Indian journal of veterinary science and animal husbandry - Volume 1,
Year: 1931
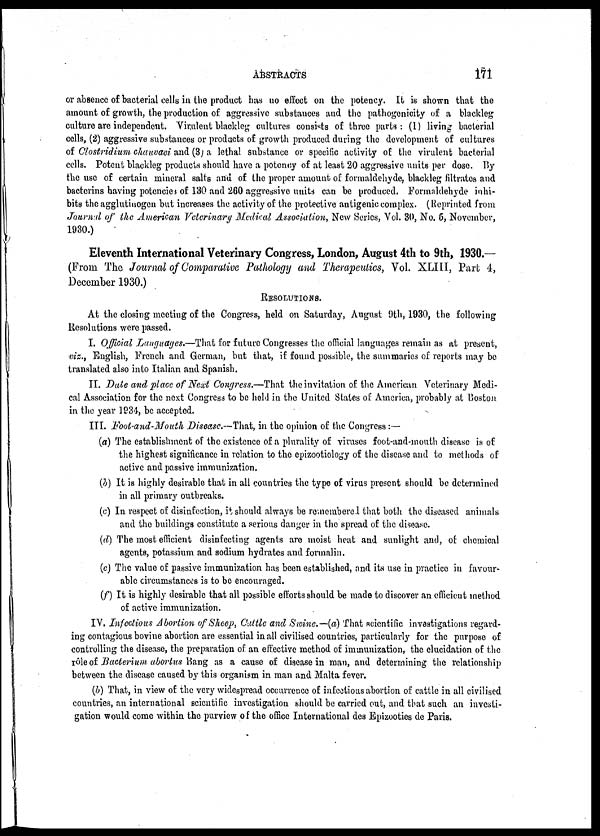
ABSTRACTS
171
or absence of bacterial cells in the product has no effect on the potency. It is shown that the
amount of growth, the production of aggressive substances and the pathogenicity of a blackleg
culture are independent. Virulent blackleg cultures consists of three parts: (1) living bacterial
cells, (2) aggressive substances or products of growth produced during the development of cultures
of Clostridium chauvaci and (3) a lethal substance or specific activity of the virulent bacterial
cells. Potent blackleg products should have a potency of at least 20 aggressive units per dose. By
the use of certain mineral salts and of the proper amount of formaldehyde, blackleg filtrates and
bacterins having potencies of 130 and 260 aggressive units can be produced. Formaldehyde inhi-
bits the agglutinogen but increases the activity of the protective antigenic complex. (Reprinted from
Journal of the American Veterinary Medical Association, New Series, Vol. 30, No. 6, November,
1930.)
Eleventh International Veterinary Congress, London, August 4th to 9th, 1930.—
(From The Journal of Comparative Pathology and Therapeutics, Vol. XLIII, Part 4,
December 1930.)
RESOLUTIONS.
At the closing meeting of the Congress, held on Saturday, August 9th, 1930, the following
Resolutions were passed.
I. Official Languages.—That for future Congresses the official languages remain as at present,
viz., English, French and German, but that, if found possible, the summaries of reports may be
translated also into Italian and Spanish.
II. Date and place of Next Congress.—That the invitation of the American Veterinary Medi-
cal Association for the next Congress to be held in the United States of America, probably at Boston
in the year 1934, be accepted.
III. Foot-and-Mouth Disease.—That, in the opinion of the Congress:—
(a) The establishment of the existence of a plurality of viruses foot-and-mouth disease is of
the highest significance in relation to the epizootiology of the disease and to methods of
active and passive immunization.
(b) It is highly desirable that in all countries the type of virus present should be determined
in all primary outbreaks.
(c) In respect of disinfection, it should always be remembered that both the diseased animals
and the buildings constitute a serious danger in the spread of the disease.
(d) The most efficient disinfecting agents are moist heat and sunlight and, of chemical
agents, potassium and sodium hydrates and formalin.
(e) The value of passive immunization has been established, and its use in practice in favour-
able circumstances is to be encouraged.
(f) It is highly desirable that all possible efforts should be made to discover an efficient method
of active immunization.
IV. Infectious Abortion of Sheep, Cattle and Swine.—(a) That scientific investigations regard-
ing contagious bovine abortion are essential in all civilised countries, particularly for the purpose of
controlling the disease, the preparation of an effective method of immunization, the elucidation of the
rôle of Bacterium abortus Bang as a cause of disease in man, and determining the relationship
between the disease caused by this organism in man and Malta fever.
(b) That, in view of the very widespread occurrence of infectious abortion of cattle in all civilised
countries, an international scientific investigation should be carried out, and that such an investi-
gation would come within the purview of the office International des Epizooties de Paris.